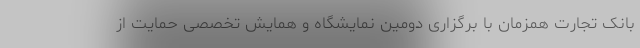
بانک تجارت همزمان با برگزاری دومین نمایشگاه و همایش تخصصی حمایت از